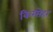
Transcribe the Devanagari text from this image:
किरसेहर